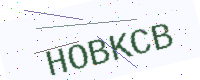
Text: HOBKCB